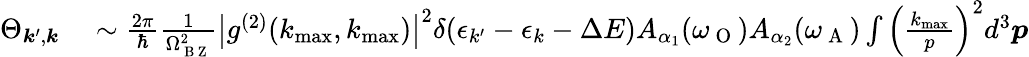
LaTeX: \begin{array}{rl}{\Theta_{\boldsymbol{k}^{\prime},\boldsymbol{k}}}&{{}\sim\frac{2\pi}{\hbar}\frac{1}{\Omega_{\mathrm{~B~Z~}}^{2}}\big|g^{(2)}(k_{\operatorname*{max}},k_{\operatorname*{max}})\big|^{2}\delta(\epsilon_{k^{\prime}}-\epsilon_{k}-\Delta E)A_{\alpha_{1}}(\omega_{\mathrm{~O~}})A_{\alpha_{2}}(\omega_{\mathrm{~A~}})\int\Big(\frac{k_{\operatorname*{max}}}{p}\Big)^{2}d^{3}\boldsymbol{p}}\end{array}